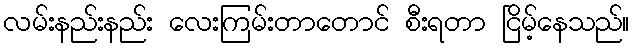
လမ်းနည်းနည်း လေးကြမ်းတာတောင် စီးရတာ ငြိမ့်နေသည်။